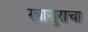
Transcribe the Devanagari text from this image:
रत्नासुराचा